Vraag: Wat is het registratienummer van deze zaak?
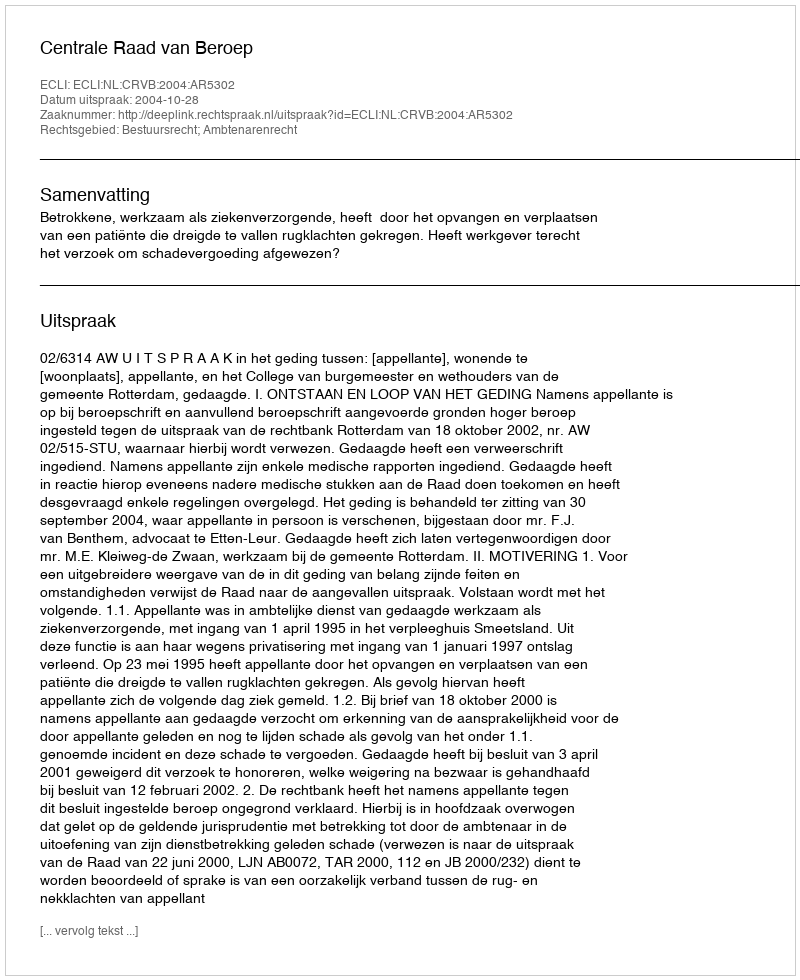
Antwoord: http://deeplink.rechtspraak.nl/uitspraak?id=ECLI:NL:CRVB:2004:AR5302